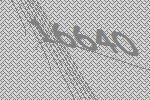
16640